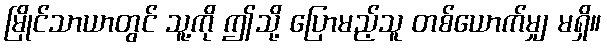
မြိုင်သာယာတွင် သူ့ကို ဤသို့ ပြောမည့်သူ တစ်ယောက်မျှ မရှိ။